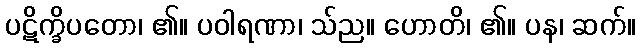
ပဋိက္ခိပတော၊ ၏။ ပဝါရဏာ၊ သ်ည။ ဟောတိ၊ ၏။ ပန၊ ဆက်။